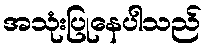
အသုံးပြုနေပါသည်